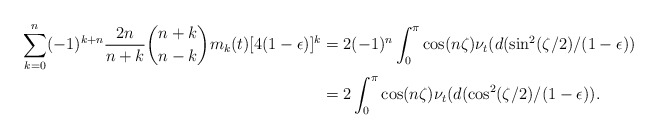
\begin{align*} \sum_{k=0}^n(-1)^{k+n} \frac{2n}{n+k}\binom{n+k}{n-k} m_k(t)[4(1-\epsilon)]^k &= 2(-1)^n \int_0^{\pi}\cos(n \zeta) \nu_t(d(\sin^2(\zeta/2)/(1-\epsilon))\\& = 2\int_0^{\pi}\cos(n \zeta) \nu_t(d(\cos^2(\zeta/2)/(1-\epsilon)).\end{align*}